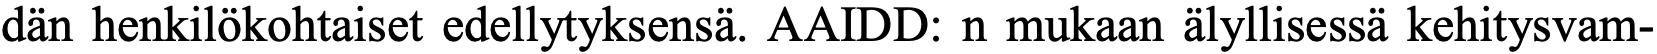
dän henkilökohtaiset edellytyksensä. AAIDD: n mukaan älyllisessä kehitysvam-